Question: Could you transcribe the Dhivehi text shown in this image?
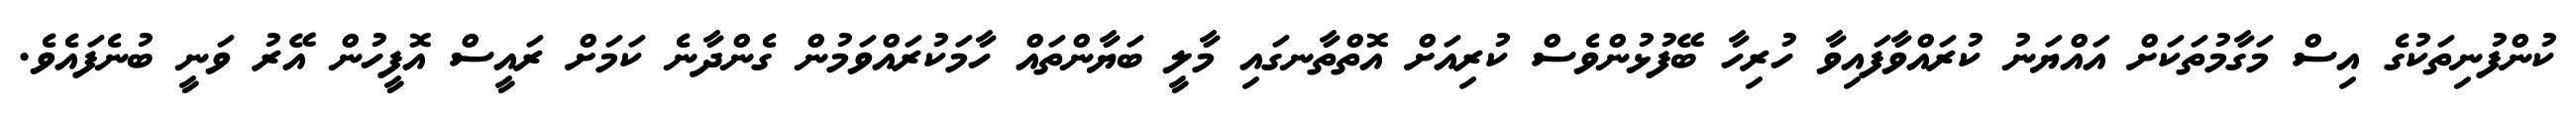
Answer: ކުންފުނިތަކުގެ އިސް މަގާމުތަކަށް އައްޔަނު ކުރައްވާފައިވާ ހުރިހާ ބޭފުޅުންވެސް ކުރިއަށް އޮތްތާނގައި މާލީ ބަޔާންތައް ހާމަކުރައްވަމުން ގެންދާނެ ކަމަށް ރައީސް އޮފީހުން އޭރު ވަނީ ބުނެފައެވެ.